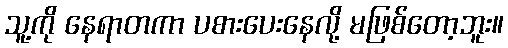
သူ့ကို နေရာတကာ ပစားပေးနေလို့ မဖြစ်တော့ဘူး။